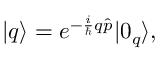
| q \rangle = e ^ { - \frac { i } { \hbar } q \hat { p } } | 0 _ { q } \rangle ,